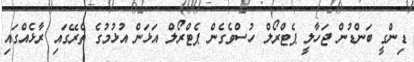
ޑިންގީ ބަންޑުން ޖަހާލީ ޕެޓްރޯލް ހުސްވެގެން ޕެޓްރޯލް އަޅަން އުޅުމުގެ ތެރޭގައި ރާޅެއްގައި